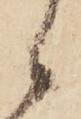
候